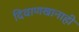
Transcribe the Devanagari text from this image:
दिवाणखानाही